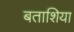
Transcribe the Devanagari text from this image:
बताशिया